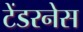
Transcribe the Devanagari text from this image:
टेंडरनेस